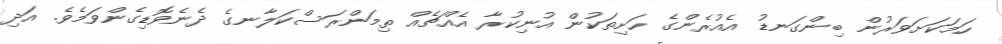
ހަމަކަށަވަރުން ބިންގަނޑު އެއުރެންގެ ހަށިތަކުން އުނިކުރާ އެއްޗެއް ތިމަންރަސްކަލާނގެ ދެނެވޮޑިގެންވަމެވެ. އަދި